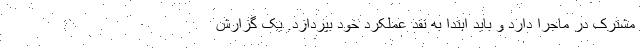
مشترک در ماجرا دارد و باید ابتدا به نقد عملکرد خود بپردازد. یک گزارش